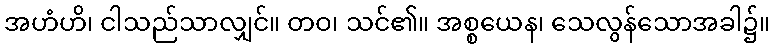
အဟံဟိ၊ ငါသည်သာလျှင်။ တဝ၊ သင်၏။ အစ္စယေန၊ သေလွန်သောအခါ၌။